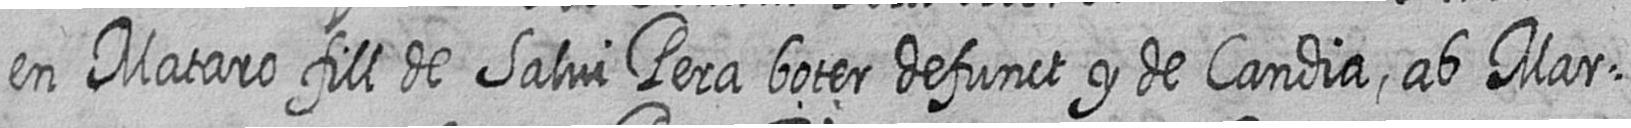
en Mataro fill de Salvi Pera boter defunct y de Candia ab Mar=